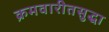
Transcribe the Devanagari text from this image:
क्रमवारीतसुद्धा